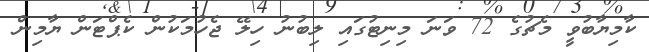
ކާމިޔާބުވީ މެޗުގެ 72 ވަނަ މިނިޓުގައި ލިބުނު ހިލޭ ޖެހުމަކުން ކެޕްޓަން ޔާމިން